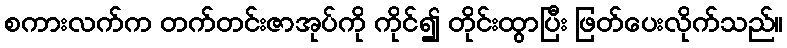
စကားလက်က တက်တင်းဇာအုပ်ကို ကိုင်၍ တိုင်းထွာပြီး ဖြတ်ပေးလိုက်သည်။